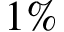
1 \%